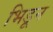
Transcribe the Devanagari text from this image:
भिडून